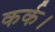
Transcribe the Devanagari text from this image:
कर्क।